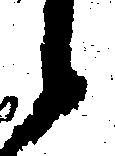
候